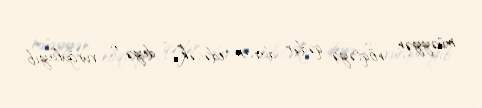
müəyyən nöqtəyə qədər davam edəcək”, - deyə o, vurğulayıb.